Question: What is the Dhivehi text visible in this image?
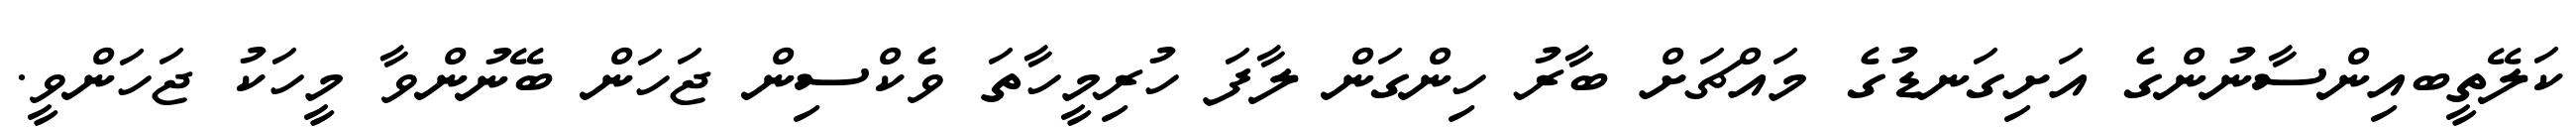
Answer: ކަލޭތީބއިންސާނުންގެ އަށިގަނޑުގެ މައްޗަށް ބާރު ހިންގަން ލާފަ ހުރިމީހާތަ ވެކްސިން ޖަހަން ބޭނުންވާ މީހަކު ޖަހަންވީ.